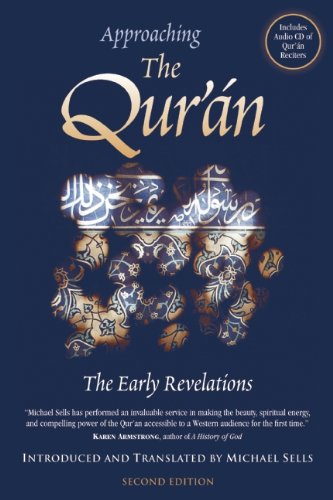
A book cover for Approaching the Qur'an: The Early Revelations; MIchael Sells; Religion & Spirituality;